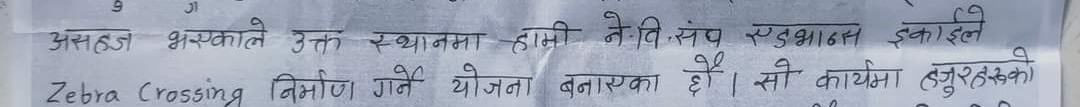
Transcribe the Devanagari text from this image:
असम्भव भएकाले उक्त स्थानमा हामी ने.वि.संघ स्टुडन्स इकाईले Zebra Crossing निर्माण गर्ने योजना बनाएका छौँ। सो कार्यक्रम हजुरहरुको